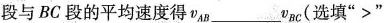
段与BC段的平均速度得v_{AB}____v_{BC}(选填”>”